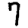
Digit: 7